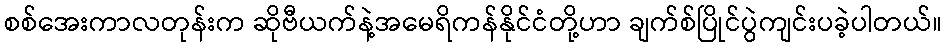
စစ်အေးကာလတုန်းက ဆိုဗီယက်နဲ့အမေရိကန်နိုင်ငံတို့ဟာ ချက်စ်ပြိုင်ပွဲကျင်းပခဲ့ပါတယ်။